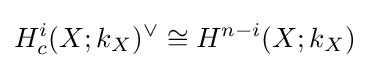
H_{c}^{i}(X;k_{X})^{\vee }\cong H^{n-i}(X;k_{X})